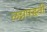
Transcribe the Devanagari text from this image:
लग्नपद्धती